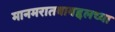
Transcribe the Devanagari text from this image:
मानमरातबाबद्दलच्या